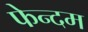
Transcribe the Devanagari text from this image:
फेन्दम